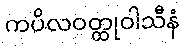
ကပိလဝတ္ထုဝါသီနံ